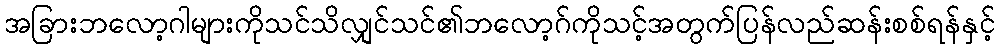
အခြားဘလော့ဂါများကိုသင်သိလျှင်သင်၏ဘလော့ဂ်ကိုသင့်အတွက်ပြန်လည်ဆန်းစစ်ရန်နှင့်